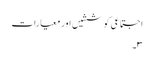
اجتماعی کوششیں اور معیارات
۳۔